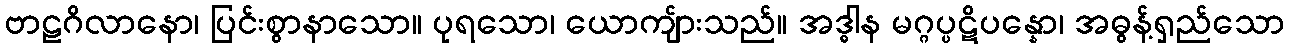
ဗာဠဂိလာနော၊ ပြင်းစွာနာသော။ ပုရသော၊ ယောကျ်ားသည်။ အဒ္ဓါန မဂ္ဂပ္ပဋိပန္နော၊ အဓွန့်ရှည်သော